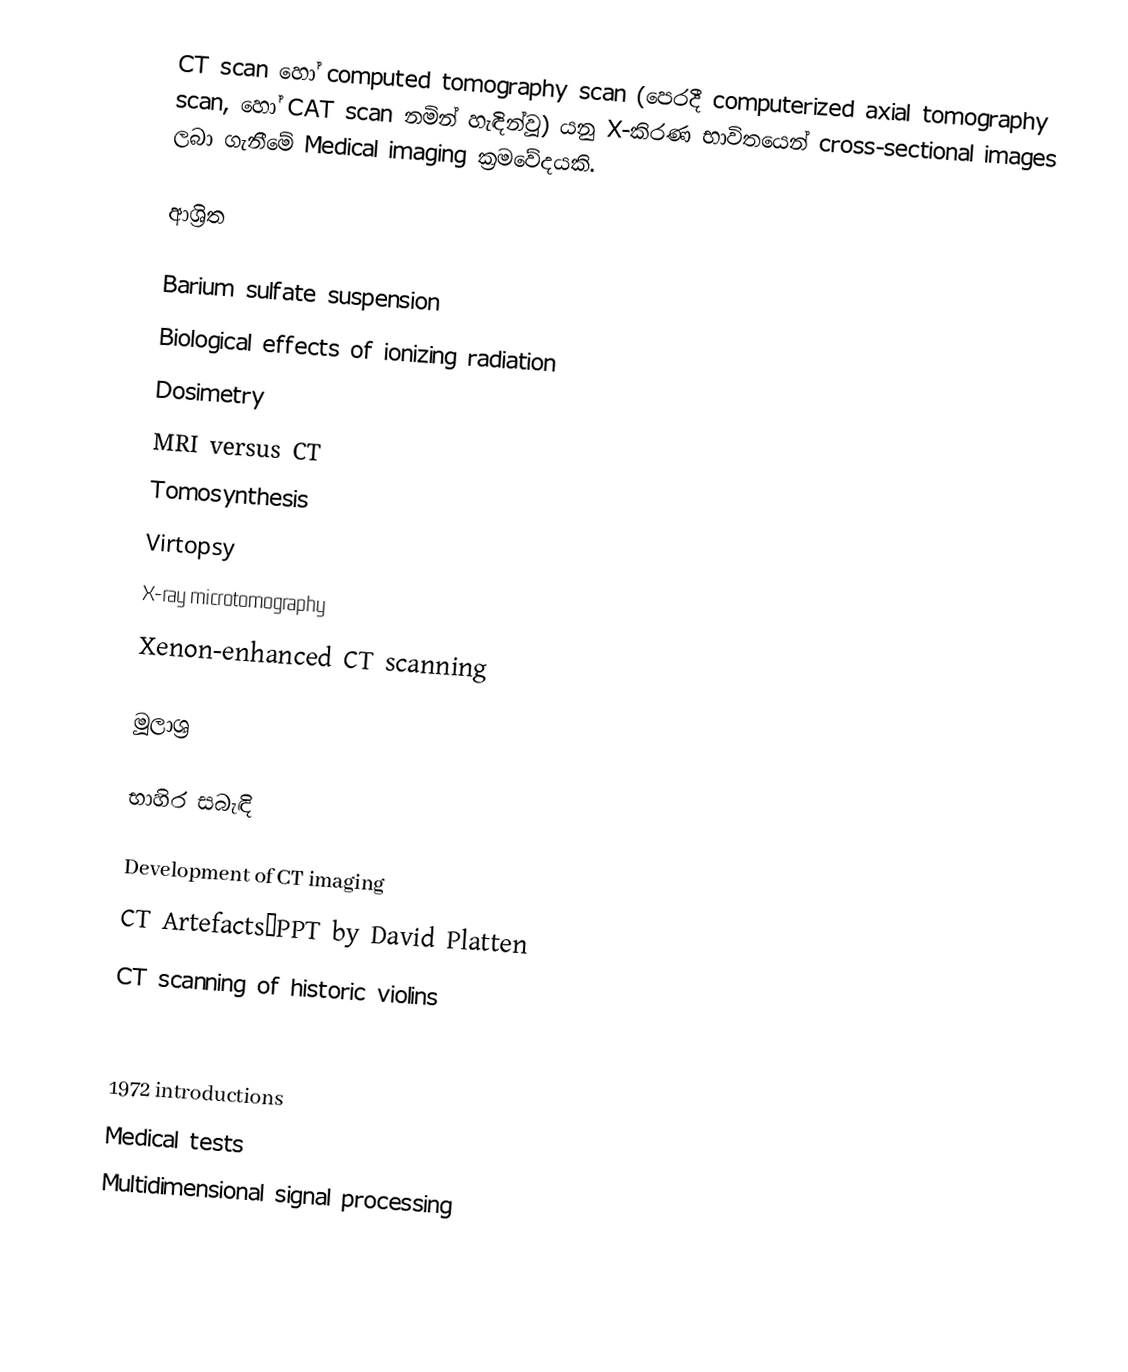
CT scan හෝ computed tomography scan (පෙරදී computerized axial tomography scan, හෝ CAT scan නමින් හැඳින්වූ) යනු X-කිරණ භාවිතයෙන් cross-sectional images ලබා ගැනීමේ Medical imaging ක්‍රමවේදයකි.

ආශ්‍රිත

 Barium sulfate suspension
 Biological effects of ionizing radiation
 Dosimetry
 MRI versus CT
 Tomosynthesis
 Virtopsy
 X-ray microtomography
 Xenon-enhanced CT scanning

මූලාශ්‍ර

භාහිර සබැඳි

 Development of CT imaging
 CT Artefacts—PPT by David Platten
 CT scanning of historic violins

1972 introductions
Medical tests
Multidimensional signal processing